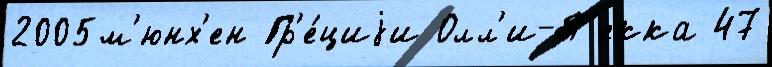
2005м'юнх'ен Гр'е́циjи Олл'и-П'екка 47